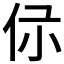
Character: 𠇡